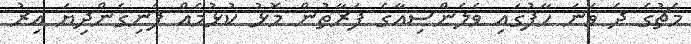
މެޗުގެ ދެ ވަނަ ހާފުގައި ވެލެންސިއާގެ ފަރާތުން މޮޅު ކުޅުމެއް ފެނިގެންދިޔަ އިރު